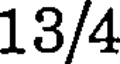
13/4